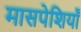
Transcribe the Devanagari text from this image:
मासपेशियाँ